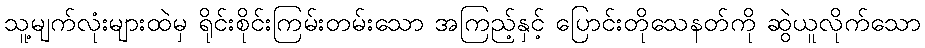
သူ့မျက်လုံးများထဲမှ ရိုင်းစိုင်းကြမ်းတမ်းသော အကြည့်နှင့် ပြောင်းတိုသေနတ်ကို ဆွဲယူလိုက်သော